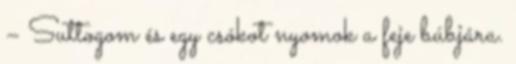
– Suttogom és egy csókot nyomok a feje búbjára.